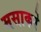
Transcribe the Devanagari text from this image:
मसाकरे